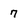
Character: 7